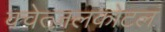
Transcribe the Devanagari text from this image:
क्वेत्ज़लकोटल